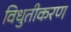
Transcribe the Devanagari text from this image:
विधुतीकरण